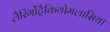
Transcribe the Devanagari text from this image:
लैरिंगोंट्रैकियोमलासिया